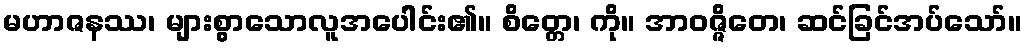
မဟာဇနဿ၊ များစွာသောလူအပေါင်း၏။ စိတ္တေ၊ ကို။ အာဝဇ္ဇိတေ၊ ဆင်ခြင်အပ်သော်။